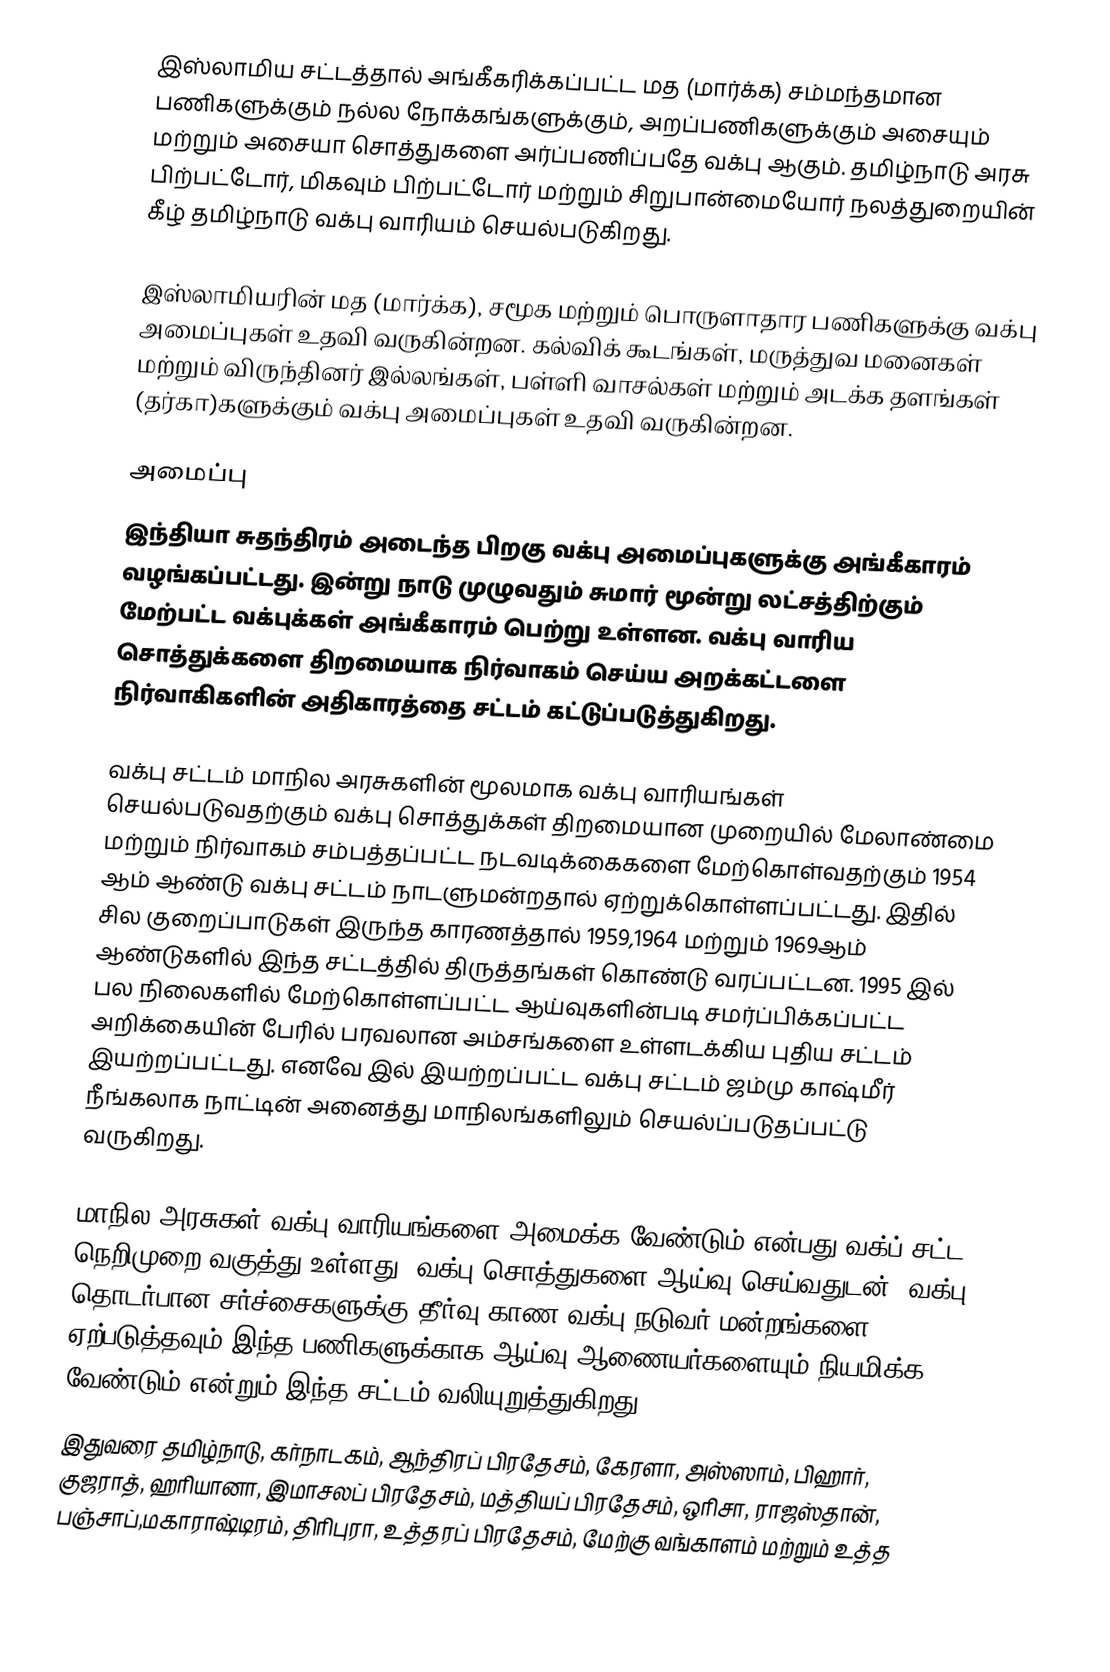
இஸ்லாமிய சட்டத்தால் அங்கீகரிக்கப்பட்ட மத (மார்க்க) சம்மந்தமான பணிகளுக்கும் நல்ல நோக்கங்களுக்கும், அறப்பணிகளுக்கும் அசையும் மற்றும் அசையா சொத்துகளை அர்ப்பணிப்பதே வக்பு ஆகும். தமிழ்நாடு அரசு பிற்பட்டோர், மிகவும் பிற்பட்டோர் மற்றும் சிறுபான்மையோர் நலத்துறையின் கீழ் தமிழ்நாடு வக்பு வாரியம் செயல்படுகிறது.

இஸ்லாமியரின் மத (மார்க்க), சமூக மற்றும் பொருளாதார பணிகளுக்கு வக்பு அமைப்புகள் உதவி வருகின்றன. கல்விக் கூடங்கள், மருத்துவ மனைகள் மற்றும் விருந்தினர் இல்லங்கள், பள்ளி வாசல்கள் மற்றும் அடக்க தளங்கள் (தர்கா)களுக்கும் வக்பு அமைப்புகள் உதவி வருகின்றன.

அமைப்பு
இந்தியா சுதந்திரம் அடைந்த பிறகு வக்பு அமைப்புகளுக்கு அங்கீகாரம் வழங்கப்பட்டது. இன்று நாடு முழுவதும் சுமார் மூன்று லட்சத்திற்கும் மேற்பட்ட வக்புக்கள் அங்கீகாரம் பெற்று உள்ளன. வக்பு வாரிய சொத்துக்களை திறமையாக நிர்வாகம் செய்ய அறக்கட்டளை நிர்வாகிகளின் அதிகாரத்தை சட்டம் கட்டுப்படுத்துகிறது.

வக்பு சட்டம் மாநில அரசுகளின் மூலமாக வக்பு வாரியங்கள் செயல்படுவதற்கும் வக்பு சொத்துக்கள் திறமையான முறையில் மேலாண்மை மற்றும் நிர்வாகம் சம்பத்தப்பட்ட நடவடிக்கைகளை மேற்கொள்வதற்கும் 1954 ஆம் ஆண்டு வக்பு சட்டம்  நாடளுமன்றதால் ஏற்றுக்கொள்ளப்பட்டது. இதில் சில குறைப்பாடுகள் இருந்த காரணத்தால்  1959,1964 மற்றும் 1969ஆம் ஆண்டுகளில் இந்த சட்டத்தில் திருத்தங்கள் கொண்டு வரப்பட்டன. 1995 இல் பல நிலைகளில் மேற்கொள்ளப்பட்ட ஆய்வுகளின்படி சமர்ப்பிக்கப்பட்ட அறிக்கையின் பேரில் பரவலான அம்சங்களை உள்ளடக்கிய புதிய சட்டம் இயற்றப்பட்டது. எனவே இல் இயற்றப்பட்ட வக்பு சட்டம் ஜம்மு காஷ்மீர் நீங்கலாக நாட்டின் அனைத்து மாநிலங்களிலும் செயல்ப்படுதப்பட்டு வருகிறது.

மாநில அரசுகள் வக்பு வாரியங்களை அமைக்க வேண்டும் என்பது வக்ப் சட்ட நெறிமுறை வகுத்து உள்ளது. வக்பு சொத்துகளை ஆய்வு செய்வதுடன், வக்பு தொடர்பான சர்ச்சைகளுக்கு தீர்வு காண வக்பு நடுவர் மன்றங்களை ஏற்படுத்தவும் இந்த பணிகளுக்காக ஆய்வு ஆணையர்களையும் நியமிக்க வேண்டும் என்றும் இந்த சட்டம் வலியுறுத்துகிறது.
இதுவரை தமிழ்நாடு, கர்நாடகம், ஆந்திரப் பிரதேசம், கேரளா, அஸ்ஸாம், பிஹார், குஜராத், ஹரியானா, இமாசலப் பிரதேசம், மத்தியப் பிரதேசம், ஒரிசா, ராஜஸ்தான், பஞ்சாப்,மகாராஷ்டிரம், திரிபுரா, உத்தரப் பிரதேசம், மேற்கு வங்காளம் மற்றும் உத்த